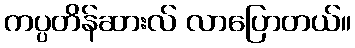
ကပ္ပတိန်ဆားလ် လာပြောတယ်။